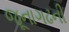
જૂનાગઢની